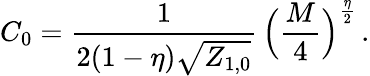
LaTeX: C_{0}=\frac{1}{2(1-\eta)\sqrt{{{Z}}_{1,0}}}\, \Big(\frac{M}{4}\Big)^{\frac{\eta}{2}}\, .